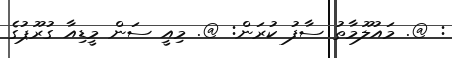
: @. މައުލޫމާތު ސާފު ކުރަން: @. މިއީ ސަން މީޑިއާ ގުރޫޕުގެ